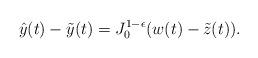
LaTeX: \begin{align*}\hat{y}(t) - \tilde{y}(t) = J^{1-\epsilon}_0(w(t)-\tilde{z}(t)).\end{align*}